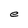
Character: e